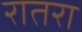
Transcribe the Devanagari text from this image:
रातरा